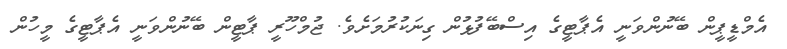
އެމްޑީޕީން ބޭނުންވަނީ އެޕާޓީގެ އިސްބޭފުޅުން ގިނަކުރުމަށެވެ. ޖުމްހޫރީ ޕާޓީން ބޭނުންވަނީ އެޕާޓީގެ މީހުން